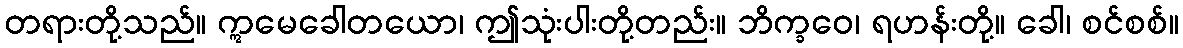
တရားတို့သည်။ ဣမေခေါတယော၊ ဤသုံးပါးတို့တည်း။ ဘိက္ခဝေ၊ ရဟန်းတို့။ ခေါ၊ စင်စစ်။